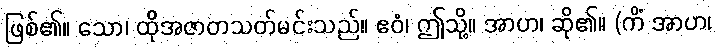
ဖြစ်၏။ သော၊ ထိုအဇာတသတ်မင်းသည်။ ဧဝံ၊ ဤသို့။ အာဟ၊ ဆို၏။ (ကိံ အာဟ၊